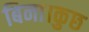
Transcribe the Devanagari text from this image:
बिना।कुछ